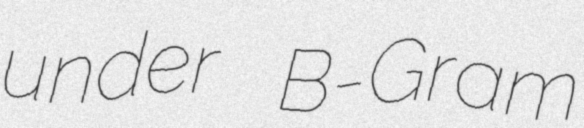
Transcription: under B-Gram